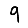
Digit: 9